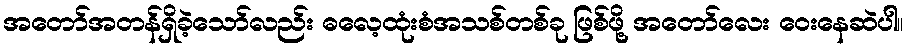
အတော်အတန်ရှိခဲ့သော်လည်း ဓလေ့ထုံးစံအသစ်တစ်ခု ဖြစ်ဖို့ အတော်လေး ဝေးနေဆဲပါ။